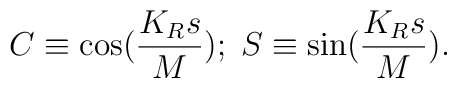
C\equiv \cos (\frac{K_Rs}{M});\;S\equiv \sin (\frac{K_Rs}{M}).